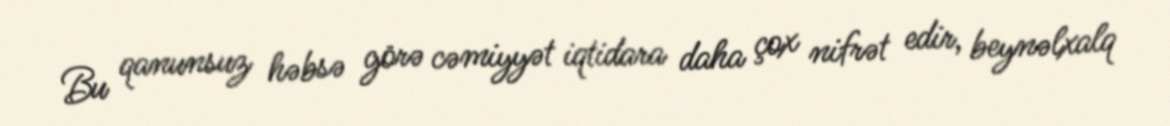
Bu qanunsuz həbsə görə cəmiyyət iqtidara daha çox nifrət edir, beynəlxalq